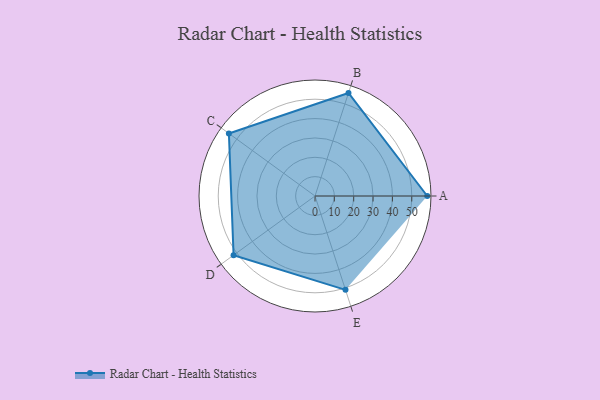
{"axis": {"x": "Skill", "y": "Score"}, "legend": ["Profile"], "data": [{"x": "A", "y": 58.0, "type": "Profile"}, {"x": "B", "y": 56.0, "type": "Profile"}, {"x": "C", "y": 55.0, "type": "Profile"}, {"x": "D", "y": 52.0, "type": "Profile"}, {"x": "E", "y": 51.0, "type": "Profile"}]}